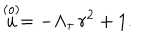
\stackrel { ( o ) } { u } = - \Lambda _ { \tau } \, r ^ { 2 } + 1 .